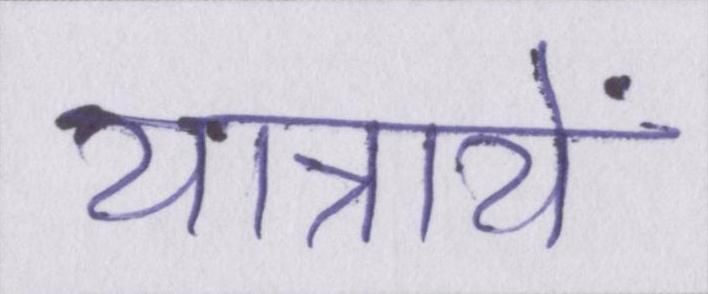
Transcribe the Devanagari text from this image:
यात्रायें